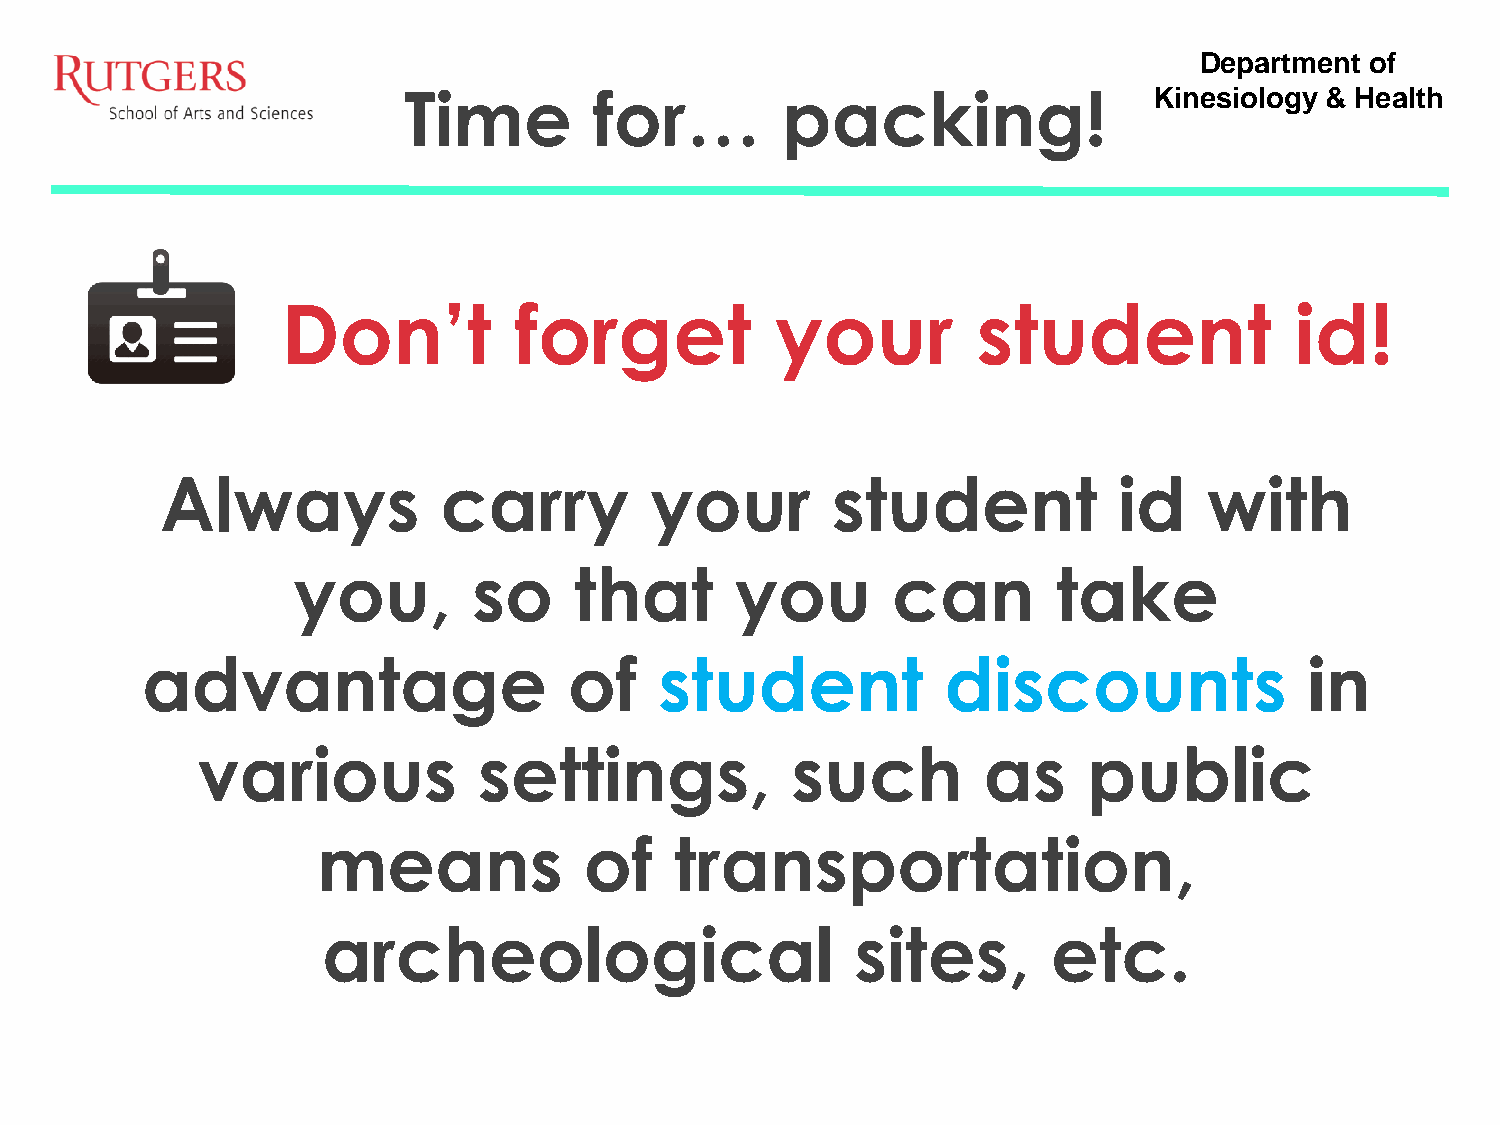
Department  of
 Time        for…         packing!                Kinesiology & Health
 Don’t          forget           your          student              id!
 Always            carry         your        student            id    with
 you,        so     that       you       can        take
 advantage                    of    student            discounts               in
 various            settings,           such         as     public
 means             of    transportation,
 archeological                       sites,       etc.